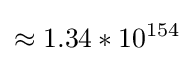
\approx 1.34*10^{154}